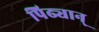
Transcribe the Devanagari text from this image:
पिढ्यान्‌